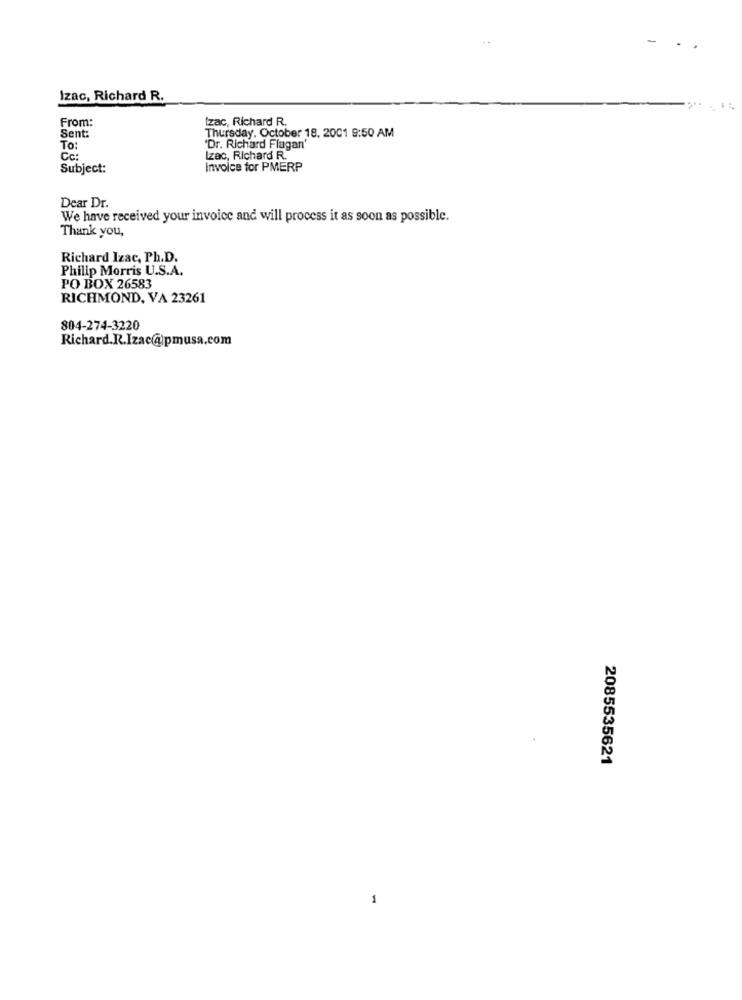
Izac, Richard R.
From:
Izac, Richard R.
Sent:
Thursday, October 18, 2001 9:50 AM
To:
'Dr. Richard Flagan'
Cc:
Izac, Richard R.
Subject:
Invoice for PMERP
Dear Dr.
We have received your invoice and will process it as soon as possible.
Thank you,
Richard Izac, Ph.D.
Philip Morris U.S.A.
PO BOX 26583
RICHMOND, VA 23261
804-274-3220
Richard.R.Izac@jpmusa.com
2085535621
1